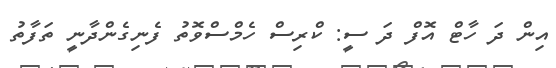
އިން ދަ ހާޓް އޮފް ދަ ސީ: ކްރިސް ހެމްސްވޮތު ފެނިގެންދާނީ ތަފާތު